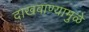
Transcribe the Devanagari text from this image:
दाखवाण्यामुळे